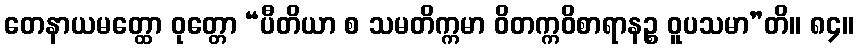
တေနာယမတ္ထော ဝုတ္တော “ပီတိယာ စ သမတိက္ကမာ ဝိတက္ကဝိစာရာနဉ္စ ဝူပသမာ”တိ။ ၈၄။